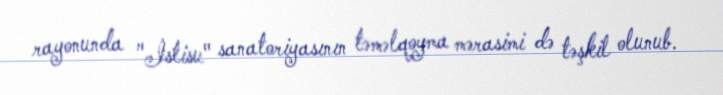
rayonunda "İstisu" sanatoriyasının təməlqoyma mərasimi də təşkil olunub.